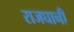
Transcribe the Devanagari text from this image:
राजघानी